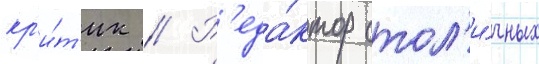
кр'и́т'ик // Р'еда́ктор стол'и́чных